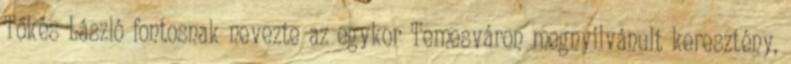
Tőkés László fontosnak nevezte az egykor Temesváron megnyilvánult keresztény,